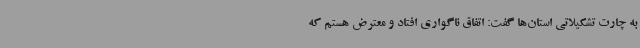
به چارت تشکیلاتی استان‌ها گفت: اتفاق ناگواری افتاد و معترض هستم که